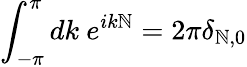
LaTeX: \int_{-\pi}^{\pi}dk~e^{ik\mathbb{N}}=2\pi\delta_{\mathbb{N},0}